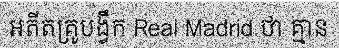
អតីតគ្រូបង្វឹក Real Madrid ថា គ្មាន